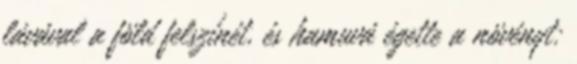
lávával a föld felszínét, és hamuvá égette a növényt: